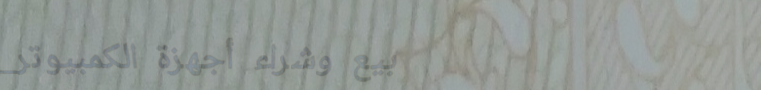
بيع وشراء أجهزة الكمبيوتر